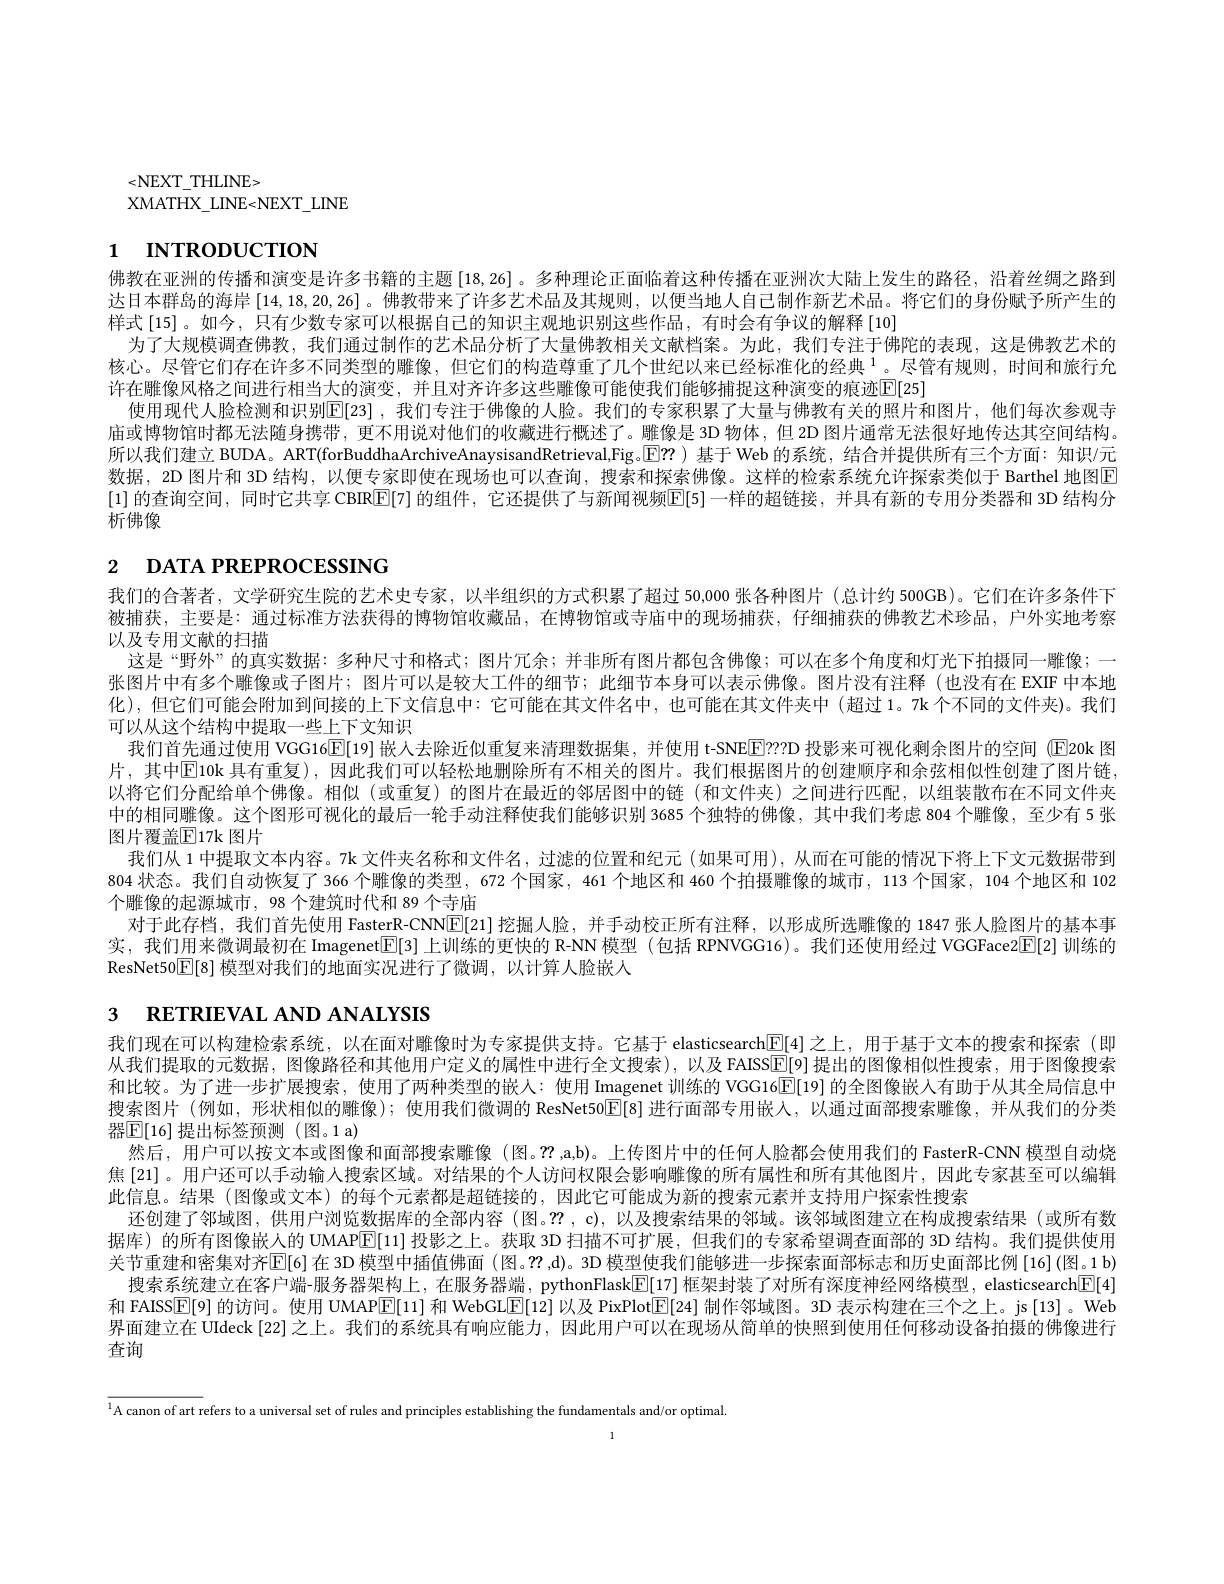
<NEXT\_THLINE>
XMATHX$\_$LINE< NEXT$\_$LINE

# 1 INTRODUCTION

佛教在亚洲的传播和演变是许多书籍的主题[18,26]。多种理论正面临着这种传播在亚洲次大陆上发生的路径，沿着丝绸之路到达日本群岛的海岸$\left[14,18,20,26\right]$。佛教带来了许多艺术品及其规则，以便当地人自己制作新艺术品。将它们的身份赋予所产生的样式[15]。如今，只有少数专家可以根据自己的知识主观地识别这些作品，有时会有争议的解释[10]
为了大规模调查佛教，我们通过制作的艺术品分析了大量佛教相关文献档案。为此，我们专注于佛陀的表现，这是佛教艺术的核心。尽管它们存在许多不同类型的雕像，但它们的构造尊重了几个世纪以来已经标准化的经典$^{1}$。尽管有规则，时间和旅行允许在雕像风格之间进行相当大的演变，并且对齐许多这些雕像可能使我们能够捕捉这种演变的痕迹E[25]
使用现代人脸检测和识别E[23] ,我们专注于佛像的人脸。我们的专家积累了大量与佛教有关的照片和图片，他们每次参观寺庙或博物馆时都无法随身携带，更不用说对他们的收藏进行概述了。雕像是 3D 物体，但 2D 图片通常无法很好地传达其空间结构。所以我们建立 BUDA。ART(forBuddhaArchiveAnaysisandRetrieval,Fig。E? )基于 Web 的系统，结合并提供所有三个方面：知识/元数据，2D 图片和 3D 结构，以便专家即使在现场也可以查询，搜索和探索佛像。这样的检索系统允许探索类似于 Barthel 地图区[1]的查询空间，同时它共享 CBRE[7] 的组件，它还提供了与新闻视频E[5]一样的超链接，并具有新的专用分类器和 3D 结构分析佛像

# 2 DATA PREPROCESSING

我们的合著者 ,文学研究生院的艺术史专家，以半组织的方式积累了超过 50,000 张各种图片 (总计约 500GB)。它们在许多条件下被捕获，主要是：通过标准方法获得的博物馆收藏品，在博物馆或寺庙中的现场捕获，仔细捕获的佛教艺术珍品，户外实地考察以及专用文献的扫描
这是“野外”的真实数据：多种尺寸和格式；图片冗余；并非所有图片都包含佛像；可以在多个角度和灯光下拍摄同一雕像；一张图片中有多个雕像或子图片；图片可以是较大工件的细节；此细节本身可以表示佛像。图片没有注释(也没有在 EXIF 中本地化),但它们可能会附加到间接的上下文信息中：它可能在其文件名中，也可能在其文件夹中(超过1。7k个不同的文件夹)。我们可以从这个结构中提取一些上下文知识
我们首先通过使用 VGG16E[19] 嵌人去除近似重复来清理数据集，并使用 t-SNEElE??D 投影来可视化剩余图片的空间 (E20k 图片，其中$\mathbb{E}$10k 具有重复),因此我们可以轻松地删除所有不相关的图片。我们根据图片的创建顺序和余弦相似性创建了图片链以将它们分配给单个佛像。相似(或重复)的图片在最近的邻居图中的链(和文件夹)之间进行匹配，以组装散布在不同文件夹中的相同雕像。这个图形可视化的最后一轮手动注释使我们能够识别 3685 个独特的佛像，其中我们考虑 804个雕像，至少有 5 张图片覆盖$\mathbb{E}$17k 图片
我们从 1 中提取文本内容。7k 文件夹名称和文件名，过滤的位置和纪元 (如果可用), 从而在可能的情况下将上下文元数据带到804 状态。我们自动恢复了366 个雕像的类型，672 个国家，461 个地区和 460 个拍摄雕像的城市，113 个国家，104 个地区和 102个雕像的起源城市，98 个建筑时代和 89 个寺庙
对于此存档，我们首先使用 FasterR-CNN$\overline{\mathbb{E}}[$21]挖掘人脸，并手动校正所有注释，以形成所选雕像的 1847 张人脸图片的基本事实，我们用来微调最初在 Imagenet[E[3] 上训练的更快的 R-NN 模型 (包括 RPNVGG16)。我们还使用经过 VGGFace2E[2] 训练的ResNet50$\mathbb{E}[8]$模型对我们的地面实况进行了微调，以计算人脸嵌人

# 3 RETRIEVAL AND ANALYSIS

我们现在可以构建检索系统，以在面对雕像时为专家提供支持。它基于 elasticsearch$\underline{\mathrm{E}}[4]$之上，用于基于文本的搜索和探索(即从我们提取的元数据，图像路径和其他用户定义的属性中进行全文搜索),以及FAISSE[9]提出的图像相似性搜索，用于图像搜索和比较。为了进一步扩展搜索，使用了两种类型的嵌人：使用 Imagenet 训练的 VGG16$\boxed{\Gamma}[19]$的全图像嵌入有助于从其全局信息中搜索图片(例如，形状相似的雕像);使用我们微调的 ResNet50$\mathbb{E}[8]$进行面部专用嵌入，以通过面部搜索雕像，并从我们的分类器$\mathbb{E}[16]$ 提出标签预测 (图。1 a)
然后，用户可以按文本或图像和面部搜索雕像(图。??,a,b)。上传图片中的任何人脸都会使用我们的 FasterR-CNN 模型自动烧焦 [21]。用户还可以手动输入搜索区域。对结果的个人访问权限会影响雕像的所有属性和所有其他图片，因此专家甚至可以编辑此信息。结果 (图像或文本)的每个元素都是超链接的，因此它可能成为新的搜索元素并支持用户探索性搜索
还创建了邻域图，供用户浏览数据库的全部内容(图。$??,\mathfrak{c})$,以及搜索结果的邻域。该邻域图建立在构成搜索结果(或所有数据库)的所有图像嵌人的 UMAP$\mathbb{E}[11]$投影之上。获取 3D 扫描不可扩展，但我们的专家希望调查面部的 3D 结构。我们提供使用关节重建和密集对齐$\mathbb{E}[6]$ 在 3D 模型中插值佛面 (图。??,d)。3D 模型使我们能够进一步探索面部标志和历史面部比例[16](图。1 b) 搜索系统建立在客户端 服务器架构上，在服务器端，pythonFlaskE[17]框架封装了对所有深度神经网络模型，elasticsearch[F]4] 和 FAISSE[9] 的访问。使用 UMAPE[11] 和 WebGL[E[12] 以及 PixPlot[E[24] 制作邻域图。3D 表示构建在三个之上。js[13] 。Web 界面建立在 UIdeck [22] 之上。我们的系统具有响应能力，因此用户可以在现场从简单的快照到使用任何移动设备拍摄的佛像进行查询

$^{1}$A canon of art refers to a universal set of rules and principles establishing the fundamentals and/or optimal